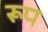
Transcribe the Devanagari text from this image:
रूप्‍ा